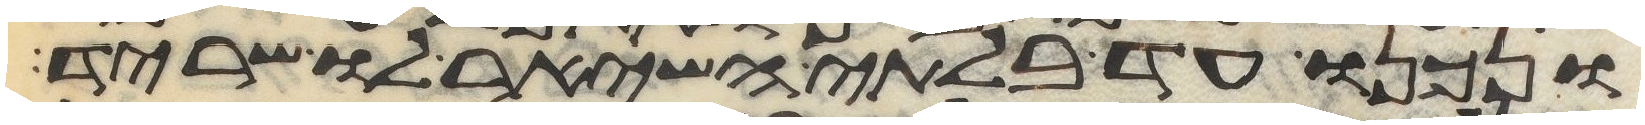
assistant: ונכנו עד בלתי השאיר לו שריד